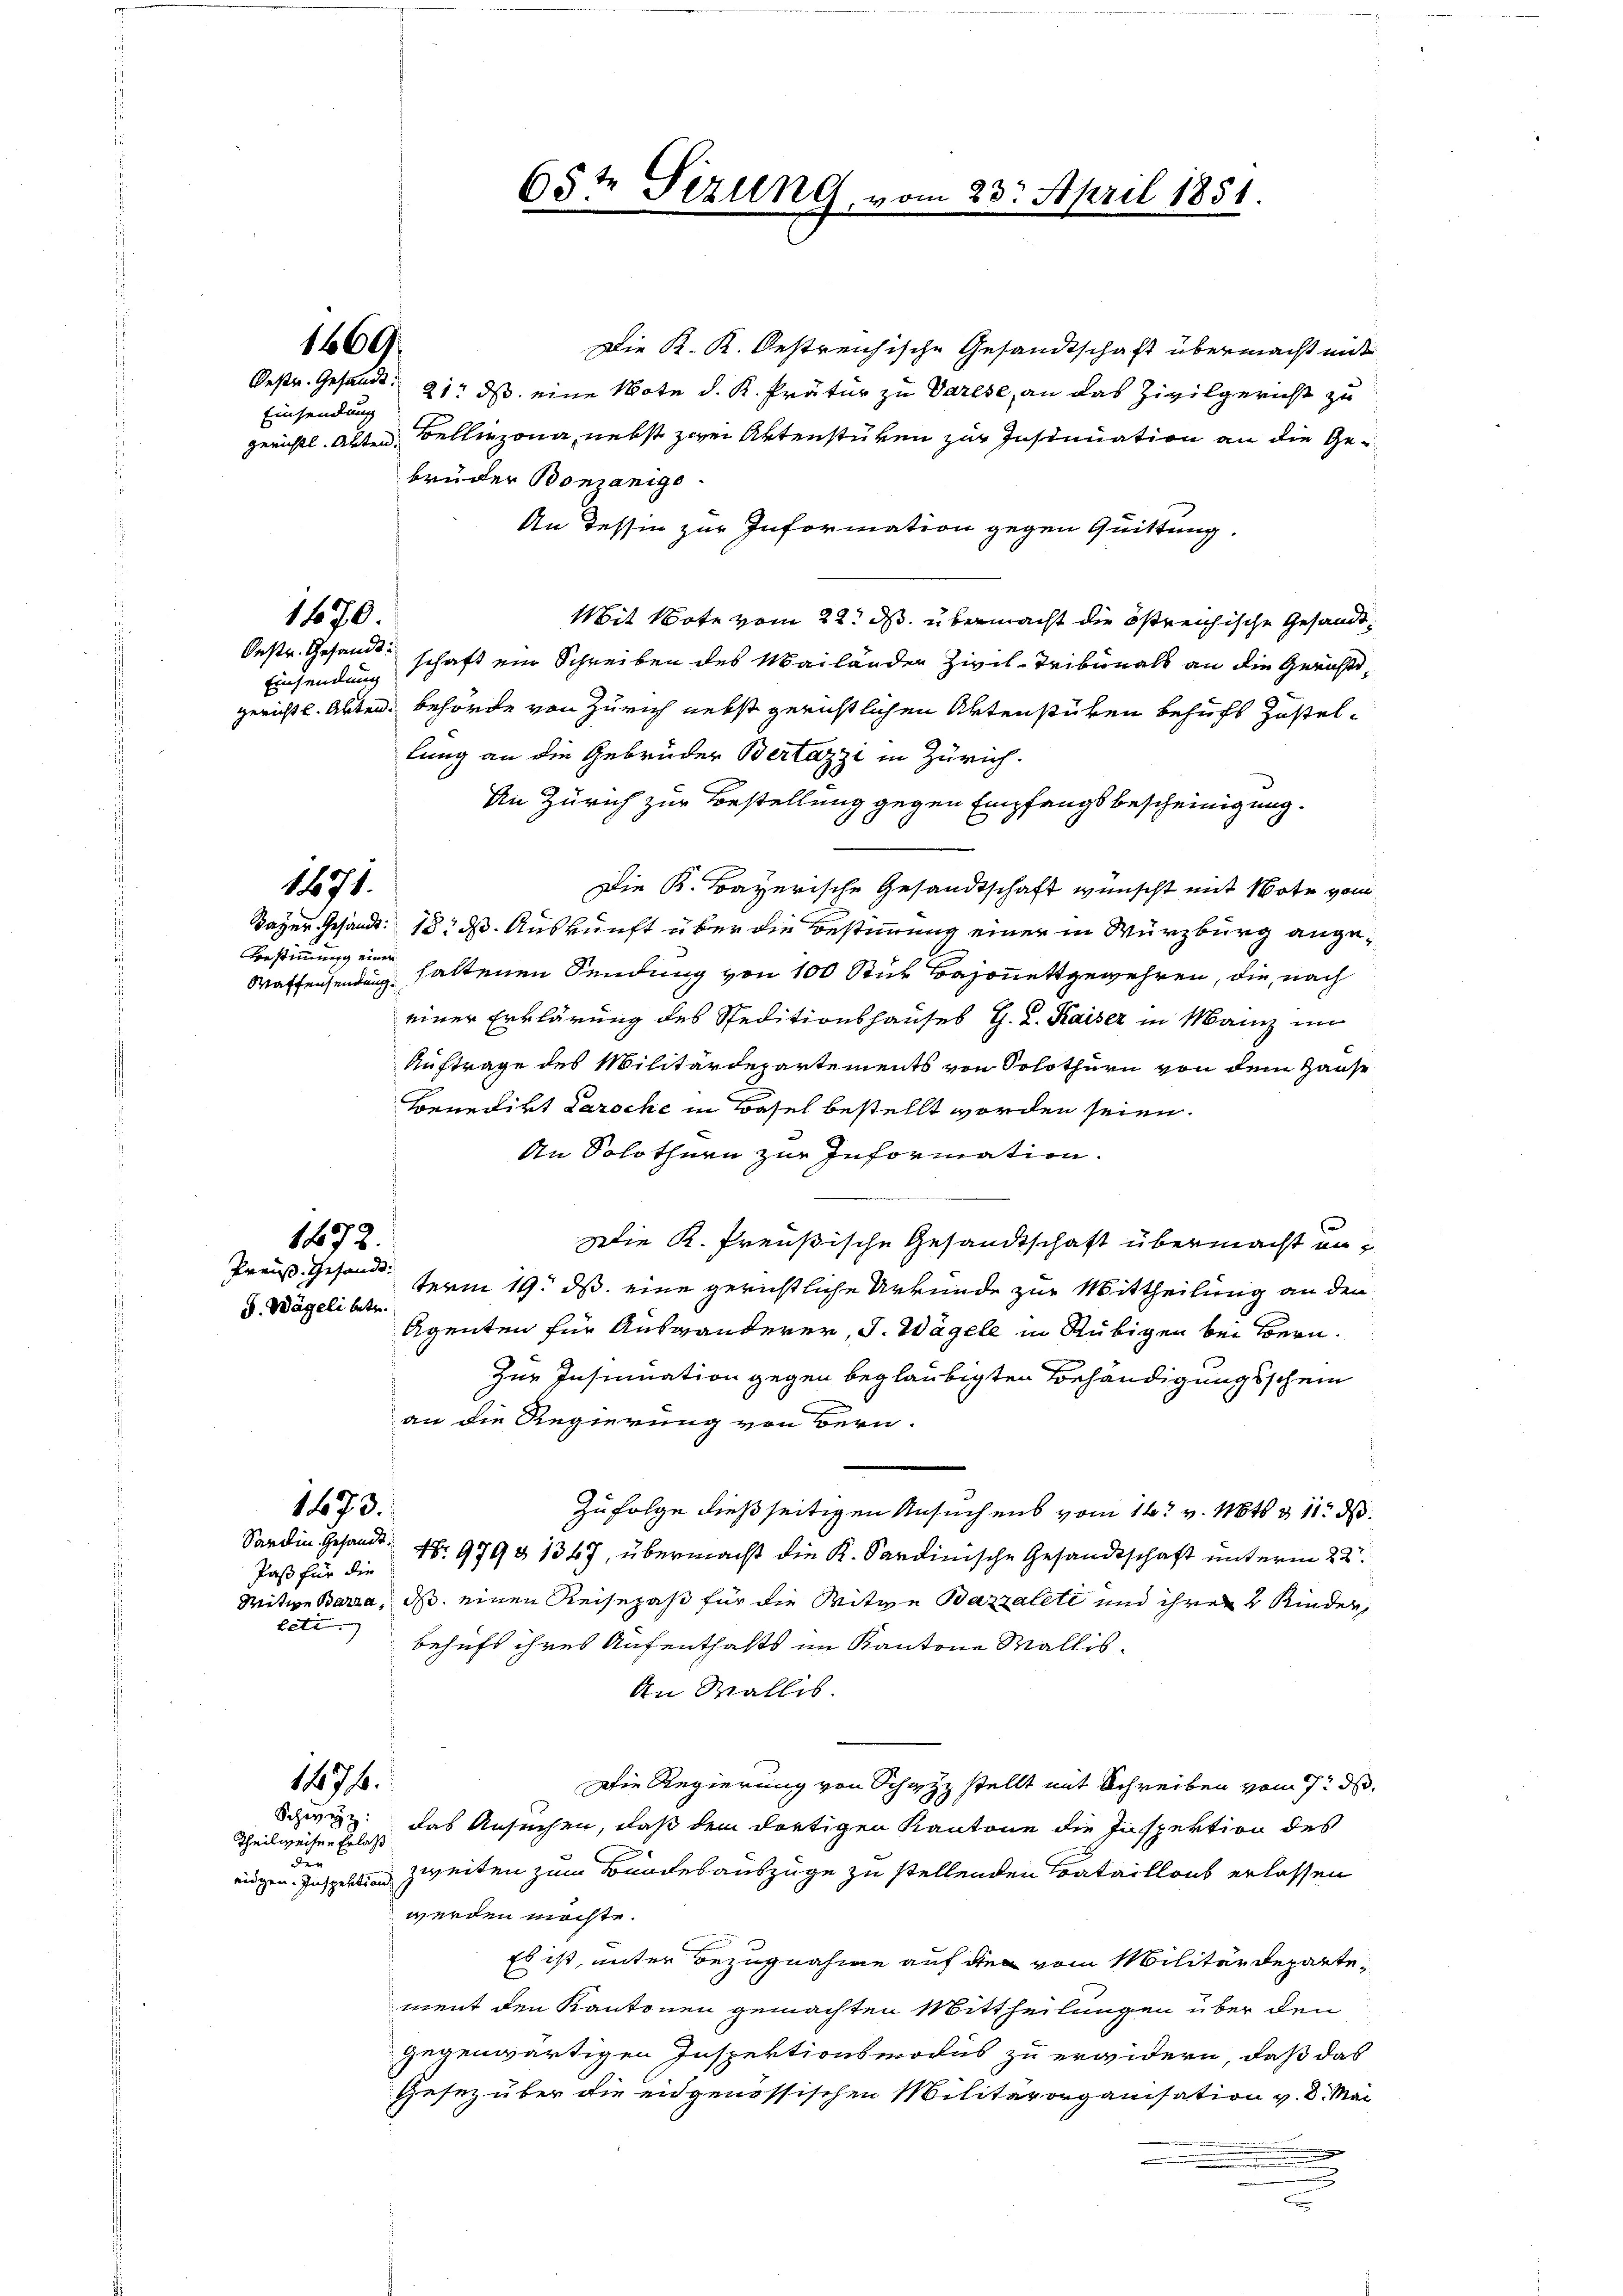
Einsendung

Bestimmung einen

Die K. K. Oestreichische Gesandtschaft übermacht mit
Bestr. Gesandt. 21. ds. eine Note d. K. Prätur zu Varese, an das Zivilgericht zu
gerichtl. Akten Bellinzona, nebst zwei Aktenstüken zur Insinuation an die Gebrüder Bonzanige
An dessen zur Information gegen Quittung.
Mit Bote vom 22. ds. übermacht die östreichische Gesandt¬
Oestr. Gesandtschaft ein Schreiben des Mailänder Zivil- Tribunals an die Gerichtsgerichts. Alten. Behörde von Zürich nebst gerichtlichen Artenstüken behufs Zustellung an die Gebrüder Bertazzi in Zürich.
An Zürich zur Bestellung gegen Empfangsbescheinigung.
Die K. Bayerische Gesandtschaft wünscht mit Note vom
Bayer Gesandt: 18. ds. Auskunft über die Bestimmung einer in Würzburg ange¬
Waffensendung haltenen Sendung von 100 Stur Bajonettgewehren, die nach
einer Erklärung des Speditionshauses G. L. Kaiser in Manz im
Auftrage des Militärdepartements von Solothurn von dem Hause
Benedirt Paroche in Basel bestellt worden seien.
An Solothurn zur Information.
9
1872.
Die K. Preußische Gesandtschaft übermacht un
Preuß. Gesandt serm 19. ds. eine gerichtliche Urkunde zur Mittheilung an den
S. Wägeli betr.
Agenten für Auswanderer, J. Wägele in Rubigen bei Bern.
Zur Insinuation gegen beglaubigten Behändigungsschein
an die Regierung von Bern.
1673.
Zufolge dießseitigen Ansuchens vom 14t v. 16t § 11. d.
Sardin Gesandt. Nr. 979 § 1347, übermacht die K. Sardinische Gesandtschaft unterm 22.
Paß für die
Witwe Barra, dass einen Reisepaß für die Witwe Bazzalete und ihrer 4 Kinden,
betr.
behufs ihres Aufenthalts im Kantone Wallis¬
An Wallis.
1107 f.
Die Regierung von Schwyz stellt mit Schreiben vom 7. d.
Schwyz:
das Ansuchen, daß dem dortigen Kantone die Inspektion des
Theilweiser Erlaß
de
eidgen. Inspektion zweiten zum Bundesauszüge zu stellenden Bataillons erlassen
werden möchte.
Es ist, unter Bezugnahme auf den vom Militärdepartement den Kantonen gemachten Mittheilungen über den
gegenwärtigen Inspektionsmodus zu erwidern, daß das
Gesez über die eidgenössischen Militärorganisation v. 8. Mai
.

1669.

Einsendung

1470.

1071.

65te Sizung, vom 23. April 1851